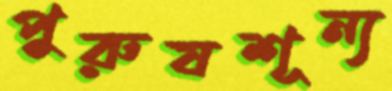
পুরুষশূন্য